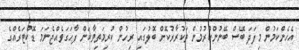
އެހެންކަމުން މިފަދަ ބޭސް ބޭނުންކުރުމުން ތަކުރާރުކޮށް ބޮލުގައި ރިހުން ކުރިމަތިވާކަން ފާހަގަވެއްޖެނަމަ ޑޮކްޓަރެއްގެ